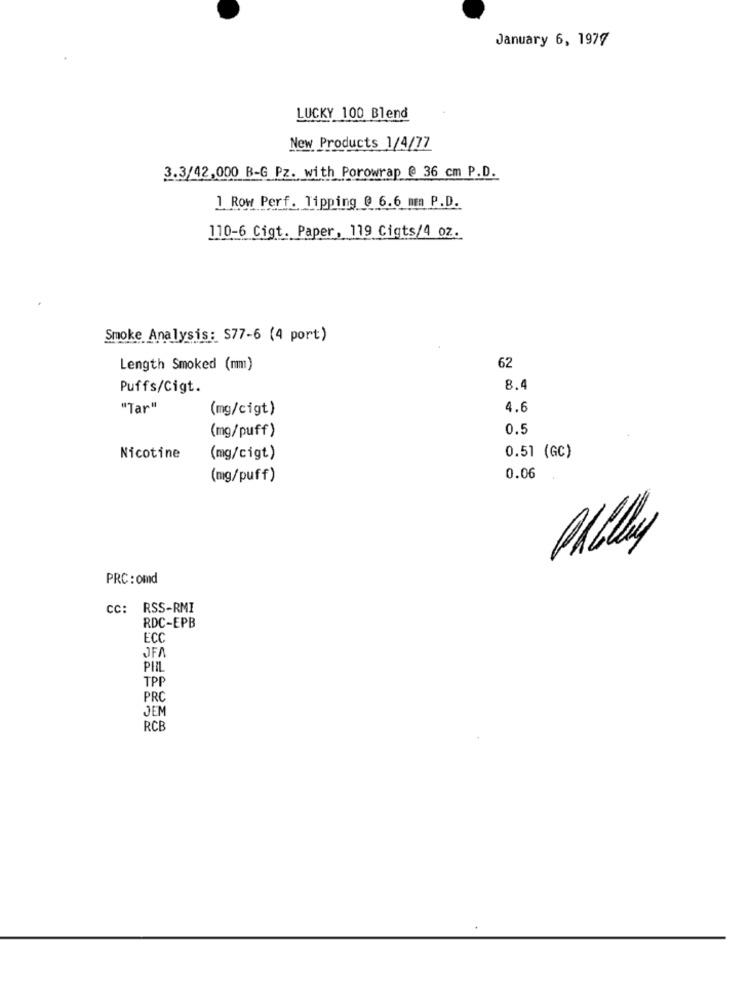
January 6, 1977
LUCKY 100 Blend
New Products 1/4/77
3.3/42,000 B-G Pz. with Porowrap @ 36 cm P.D.
1 Row Perf. Tipping @ 6.6 mm P.D.
110-6 Cigt. Paper, 119 Cigts/4 oz.
Smoke Analysis: S77-6 (4 port)
Length Smoked (mm)
62
Puffs/Cigt.
8.4
"Tar"
(mg/cigt)
4.6
(mg/puff)
0.5
Nicotine
(mg/cigt)
0.51 (GC)
(mg/puff)
0.06
PRC : omd
Cc: RSS-RMI
RDC-EPB
ECC
PHIL
TPP
PRC
JEN
RCB